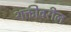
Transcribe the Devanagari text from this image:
शक्तीवरील